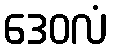
ဒေဝလံ